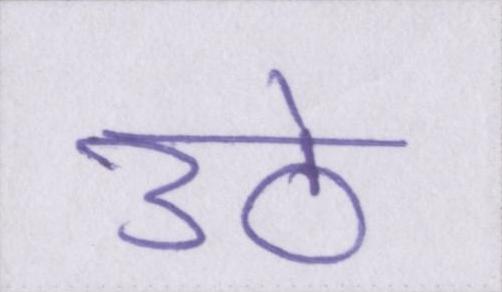
उठे